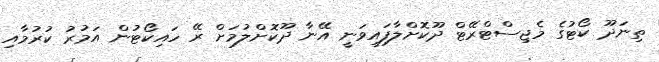
ތިނަދޫ ކޯޓުގެ މެޖިސްޓްރޭޓް ދޫކޮށްލާފައިވަނީ އޭނާ ދޫކޮށްލުމަށް ރޭ ހައިކޯޓުން އަމުރު ކުރުމާއި